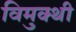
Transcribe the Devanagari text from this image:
विमुक्थी